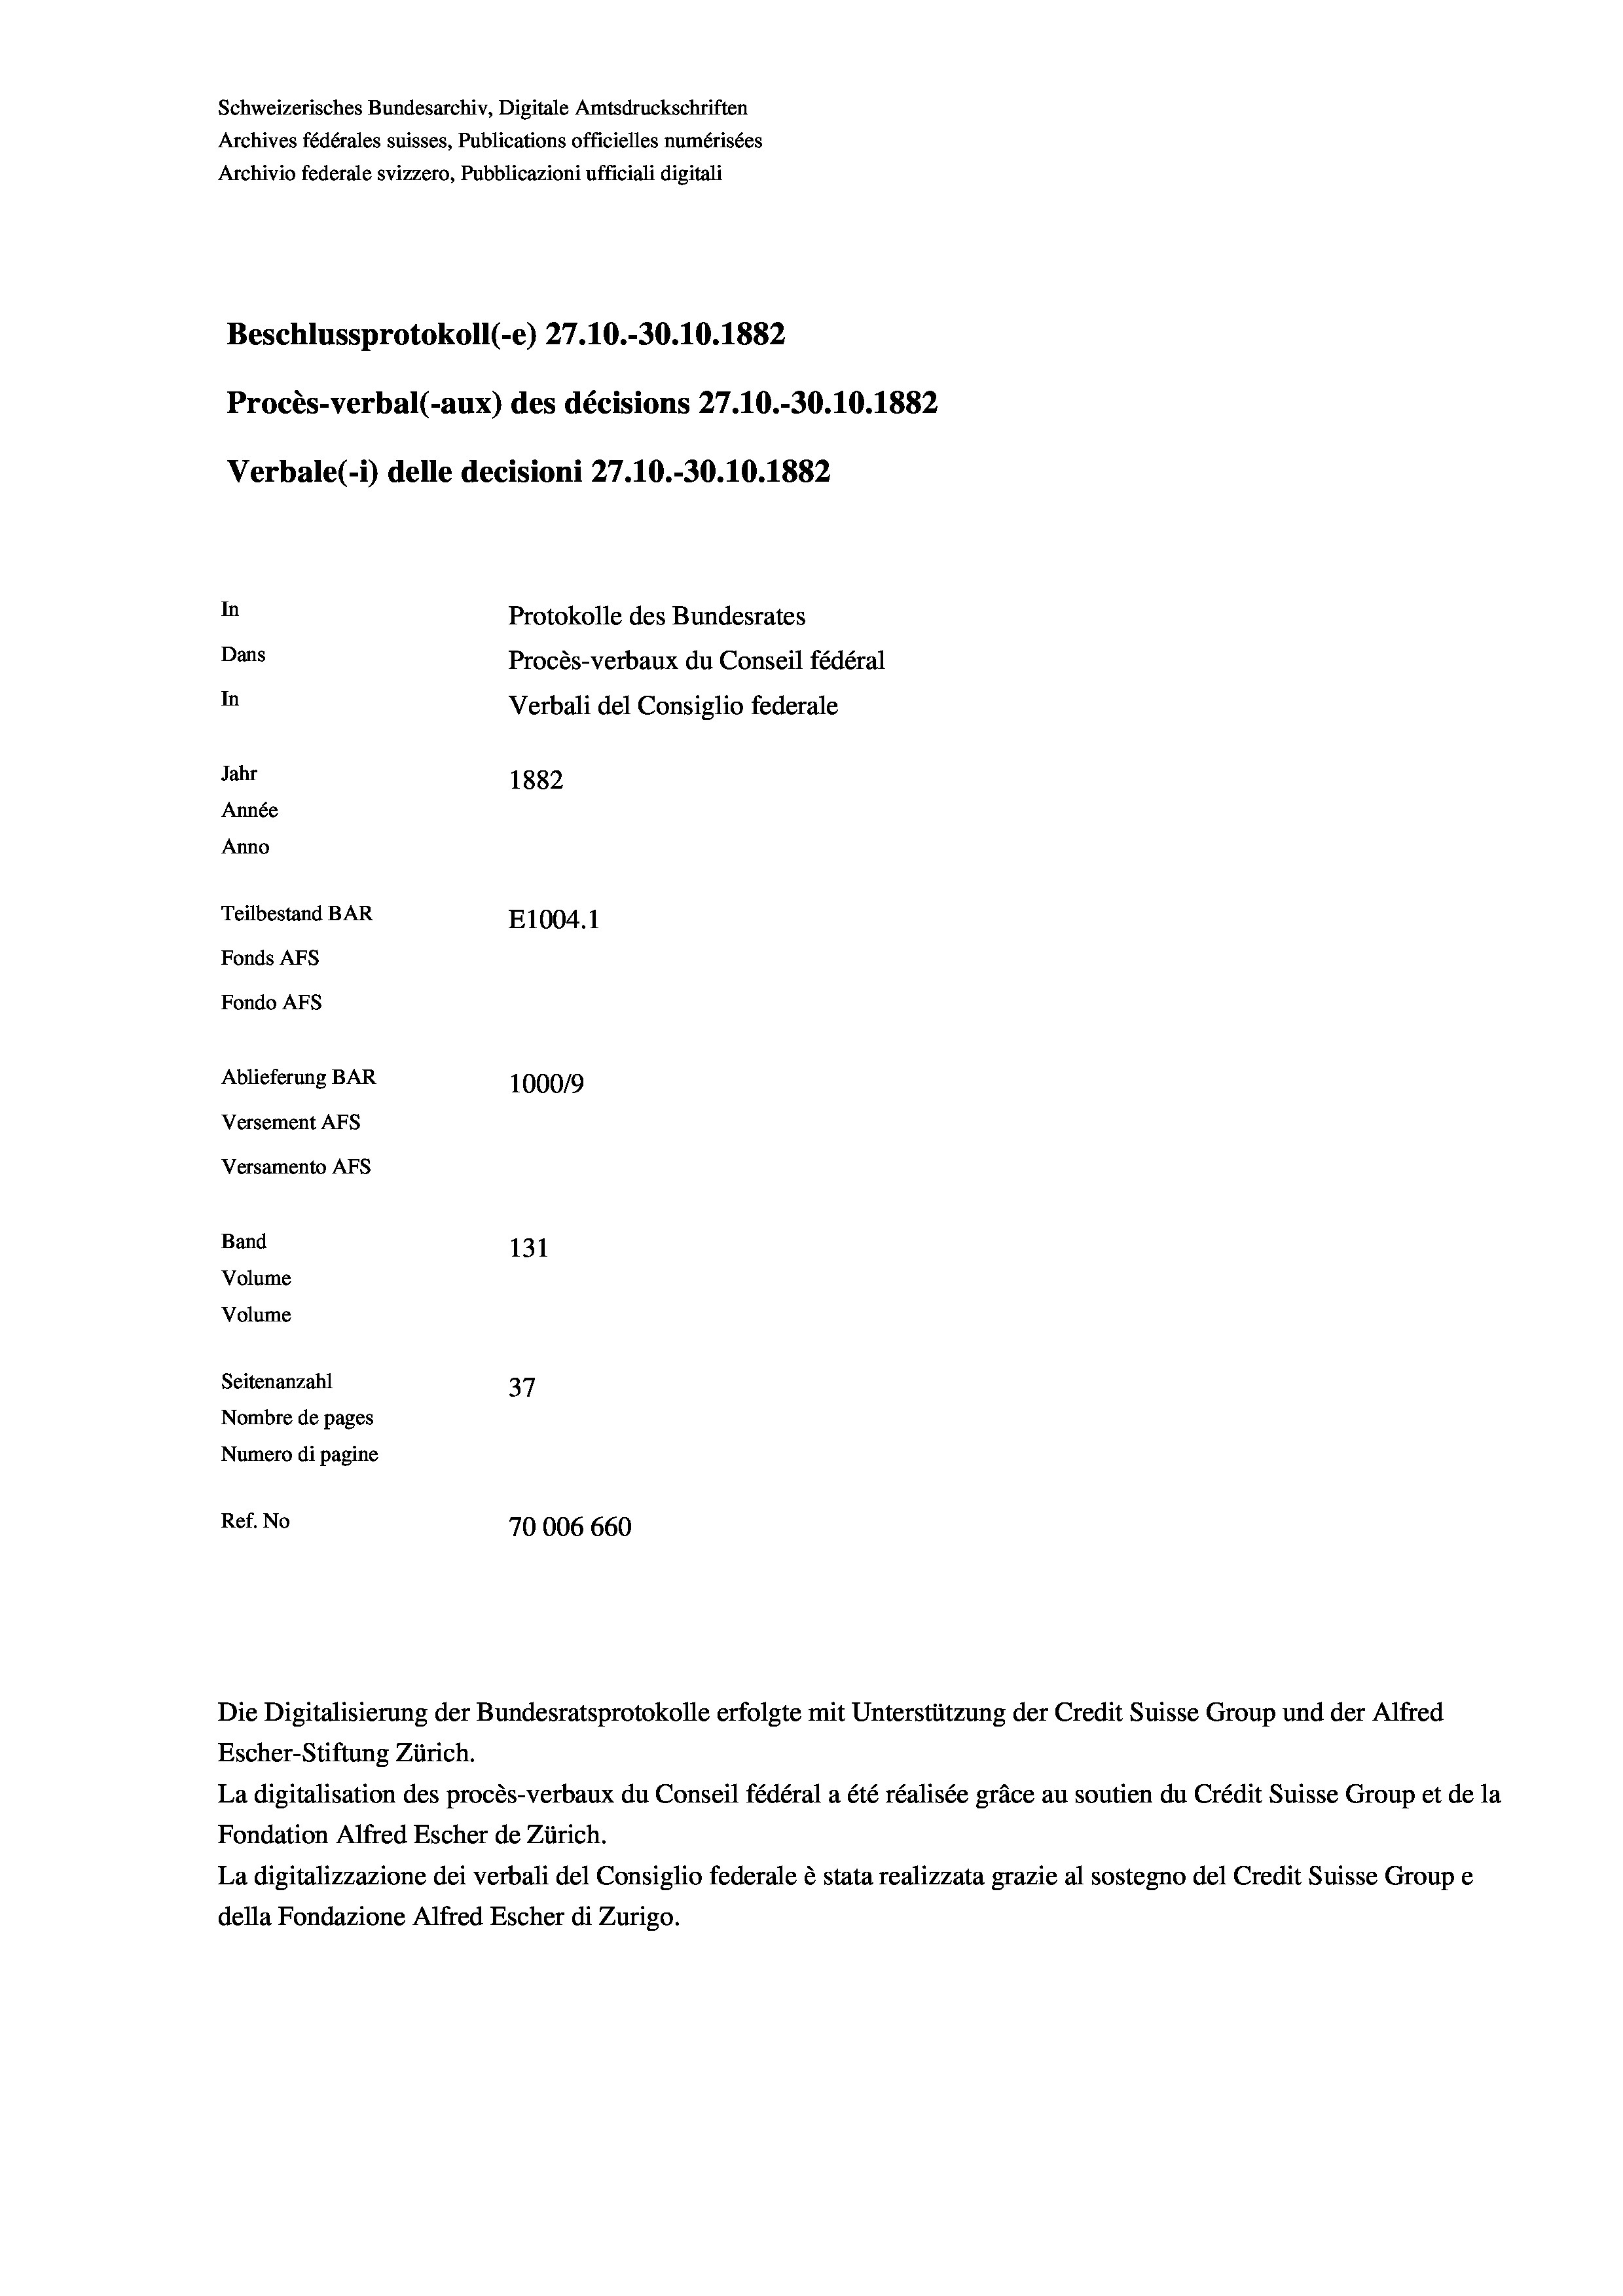
Schweizerisches Bundesarchiv, Digitale Amtsdruckschriften
Archives fédérales suisses, Publications officielles numérisées
Archivio federale svizzero, Pubblicazioni ufficiali digitali
Beschlussprotokoll (-e) 27.10.-30.10.1882
Procès-verbal (-aux) des décisions 27.10.-30.10.1882
Verbale (i) delle decisioni 27.10.-30.10.1882
In
Protokolle des Bundesrates
Dans
Procès-verbaux du Conseil fédéral
In
Verbali del Consiglio federale
Jahr
1882
Année
Anno
Teilbestand BAR
E1004.1
Fonds AFs
Fondo Afs
Ablieferung BAR
100019
Versement AFs
Versamento Afs
Band
131
Volume
Volume
Seitenanzahl
37
Nombre de pages
Numero di pagine
Ref. No
70006 660

Die Digitalisierung der Bundesratsprotokolle erfolgte mit Unterstützung der Credit Suisse Group und der Alfred
Escher-Stiftung Zürich.
La digitalisation des procès-verbaux du Conseil fédéral a été réalisée gräce au soutien du Crédit Suisse Group et de la
Fondation Alfred Escher de Zürich.
La digitalizzazione dei verbali del Consiglio federale è stata realizzata grazie al sostegno del Credit Suisse Groupe
della Fondazione Alfred Escher di Zurigo.